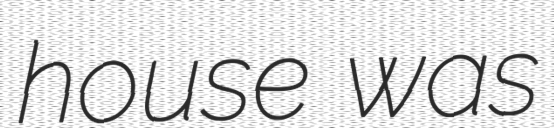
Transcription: house was